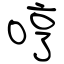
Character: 哼